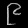
Digit: ၉